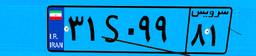
۱۲S۸۴۱۰۳